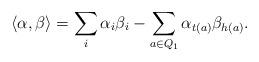
LaTeX: \begin{align*}\langle \alpha,\beta\rangle=\sum_i\alpha_i\beta_i-\sum_{a\in Q_1} \alpha_{t(a)}\beta_{h(a)}.\end{align*}